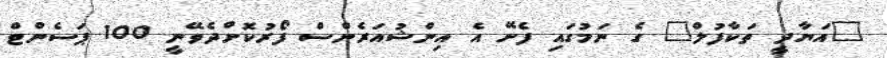
"އަޔާދީ ތަކާފުލް" ގެ ނަމުގައި ފެށޭ އެ އިންޝުއަރެންސް ފޯރުކޮށްދެވޭނީ 100 ޕަސެންޓް